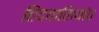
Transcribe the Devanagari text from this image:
हिंदवासियांत